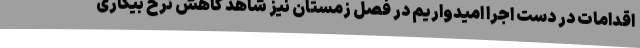
اقدامات در دست اجرا امیدواریم در فصل زمستان نیز شاهد کاهش نرخ بیکاری